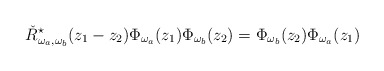
\begin{align*}\check R^\star_{\omega_a,\omega_b}(z_1-z_2)\Phi_{\omega_a}(z_1)\Phi_{\omega_b}(z_2)=\Phi_{\omega_b}(z_2)\Phi_{\omega_a}(z_1)\end{align*}